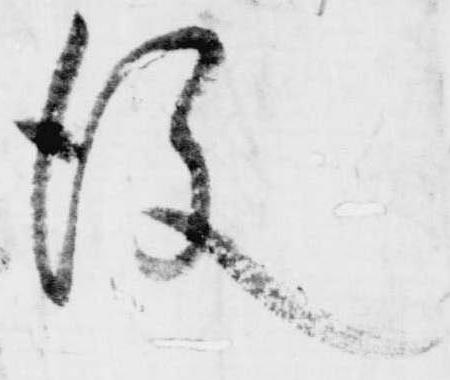
後